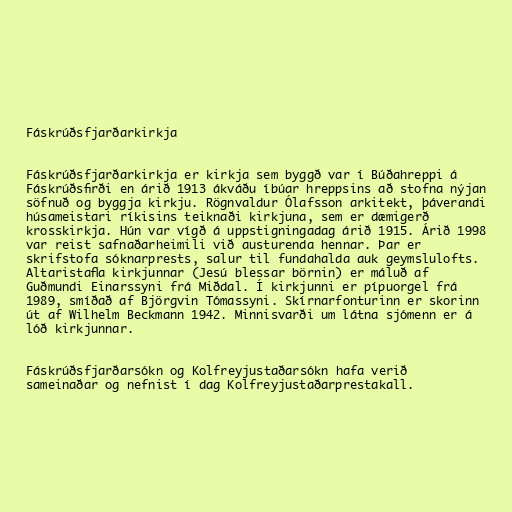
Fáskrúðsfjarðarkirkja

Fáskrúðsfjarðarkirkja er kirkja sem byggð var í Búðahreppi á
Fáskrúðsfirði en árið 1913 ákváðu íbúar hreppsins að stofna nýjan
söfnuð og byggja kirkju. Rögnvaldur Ólafsson arkitekt, þáverandi
húsameistari ríkisins teiknaði kirkjuna, sem er dæmigerð
krosskirkja. Hún var vígð á uppstigningadag árið 1915. Árið 1998
var reist safnaðarheimili við austurenda hennar. Þar er
skrifstofa sóknarprests, salur til fundahalda auk geymslulofts.
Altaristafla kirkjunnar (Jesú blessar börnin) er máluð af
Guðmundi Einarssyni frá Miðdal. Í kirkjunni er pípuorgel frá
1989, smíðað af Björgvin Tómassyni. Skírnarfonturinn er skorinn
út af Wilhelm Beckmann 1942. Minnisvarði um látna sjómenn er á
lóð kirkjunnar.

Fáskrúðsfjarðarsókn og Kolfreyjustaðarsókn hafa verið
sameinaðar og nefnist í dag Kolfreyjustaðarprestakall.